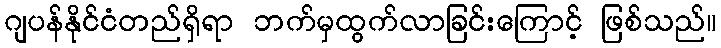
ဂျပန်နိုင်ငံတည်ရှိရာ ဘက်မှထွက်လာခြင်းကြောင့် ဖြစ်သည်။